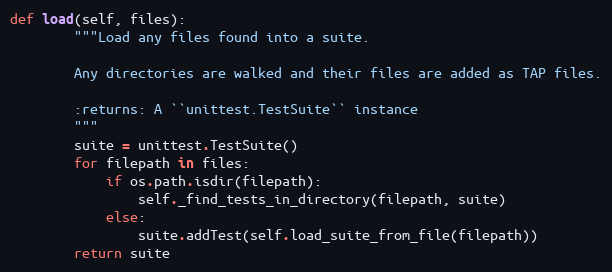
Language: Python
def load(self, files):
        """Load any files found into a suite.

        Any directories are walked and their files are added as TAP files.

        :returns: A ``unittest.TestSuite`` instance
        """
        suite = unittest.TestSuite()
        for filepath in files:
            if os.path.isdir(filepath):
                self._find_tests_in_directory(filepath, suite)
            else:
                suite.addTest(self.load_suite_from_file(filepath))
        return suite